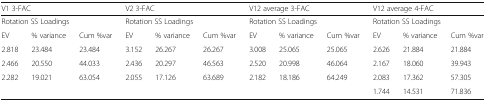
| <COLSPAN=3> V1 3-FAC | <COLSPAN=3> V2 3-FAC | <COLSPAN=3> V12 average 3-FAC | <COLSPAN=3> V12 average 4-FAC |
 | --- | --- | --- | --- | --- | --- | --- | --- | --- | --- | --- | --- |
 | <COLSPAN=3> Rotation SS Loadings | <COLSPAN=3> Rotation SS Loadings | <COLSPAN=3> Rotation SS Loadings | <COLSPAN=3> Rotation SS Loadings |
 | EV | % variance | Cum %var | EV | % variance | Cum %var | EV | % variance | Cum %var | EV | % variance | Cum %var |
 | 2.818 | 23.484 | 23.484 | 3.152 | 26.267 | 26.267 | 3.008 | 25.065 | 25.065 | 2.626 | 21.884 | 21.884 |
 | 2.466 | 20.550 | 44.033 | 2.436 | 20.297 | 46.563 | 2.520 | 20.998 | 46.064 | 2.167 | 18.060 | 39.943 |
 | 2.282 | 19.021 | 63.054 | 2.055 | 17.126 | 63.689 | 2.182 | 18.186 | 64.249 | 2.083 | 17.362 | 57.305 |
 |  |  |  |  |  |  |  |  |  | 1.744 | 14.531 | 71.836 |